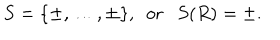
LaTeX: S = \{ \pm , \dots , \pm \} , ~ ~ \mathrm { o r } S ( R ) = \pm .